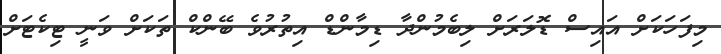
މިފަހަކަށް އައިސް ޑޮލަރަށް ލިބެމުންދާ ޑިމާންޑް އިތުރުވެ ބޭންކް ތަކަށް ވަނީ ޓިކެޓަށް